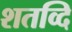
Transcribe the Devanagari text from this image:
शतव्दि